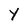
Character: Y